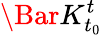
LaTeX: \Bar{{K}_{t_{0}}^{t}}